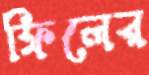
ফিলের